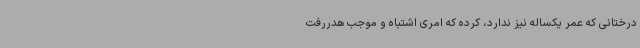
درختانی که عمر یکساله نیز ندارد، کرده که امری اشتباه و موجب هدررفت